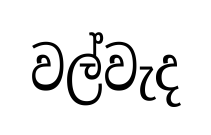
වල්වැද